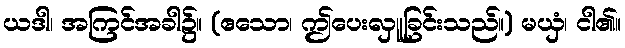
ယဒါ၊ အကြင်အခါ၌။ (ဧသော၊ ဤပေးလှူခြင်းသည်။) မယှံ၊ ငါ၏။